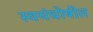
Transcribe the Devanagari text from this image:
स्वयंघोषीत